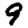
Digit: 9